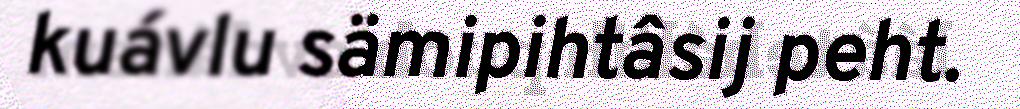
kuávlu sämipihtâsij peht.